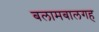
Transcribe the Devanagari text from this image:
बलामबालगह